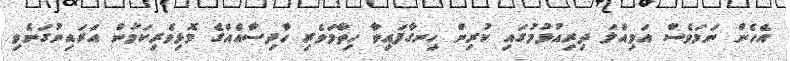
އެހެން ނަމަވެސް އަމިއްލަ ދިރިއުޅުމުގައި ކުރިން ހިނގާފައިވާ ހިތާމަވެރި ހާދިސާއެއްގެ މޮޅިވެރިކަމުން އަރައިނުގަނެވި